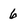
Character: 6